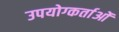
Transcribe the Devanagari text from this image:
उपयोग्कर्ताओं